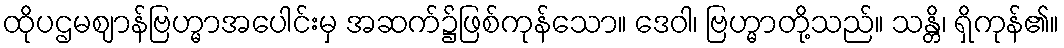
ထိုပဌမဈာန်ဗြဟ္မာအပေါင်းမှ အဆက်၌ဖြစ်ကုန်သော။ ဒေဝါ၊ ဗြဟ္မာတို့သည်။ သန္တိ၊ ရှိကုန်၏။